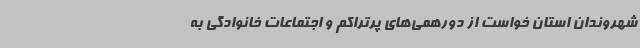
شهروندان استان خواست از دورهمی‌های پرتراکم و اجتماعات خانوادگی به